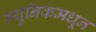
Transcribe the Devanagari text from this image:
म्युनिकमधून